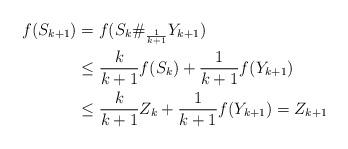
LaTeX: \begin{align*}f(S_{k+1}) &=f(S_k\#_{\frac{1}{k+1}}Y_{k+1})\\&\leq \frac{k}{k+1}f(S_k)+\frac{1}{k+1}f(Y_{k+1})\\&\leq \frac{k}{k+1}Z_k+\frac{1}{k+1}f(Y_{k+1})=Z_{k+1}\end{align*}